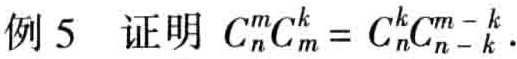
例 5 证明 \(C_{n}^{m}C_{m}^{k}=C_{n}^{k}C_{n - k}^{m - k}\)